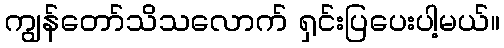
ကျွန်တော်သိသလောက် ရှင်းပြပေးပါ့မယ်။